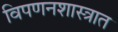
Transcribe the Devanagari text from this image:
विपणनशास्त्रात